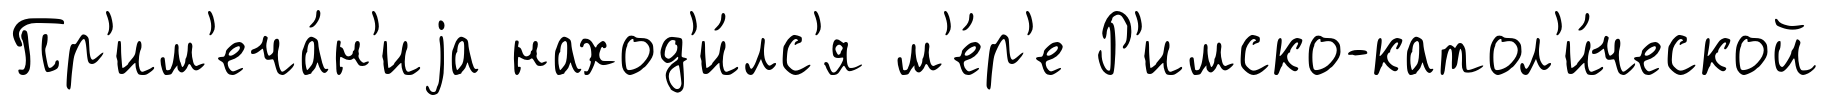
Пр'им'еча́н'иjа наход'и́лс'я м'е́р'е Р'имско-катол'и́ческой